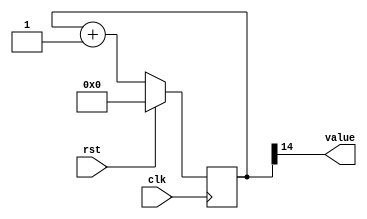
/*
   This file was generated automatically by Alchitry Labs version 1.2.7.
   Do not edit this file directly. Instead edit the original Lucid source.
   This is a temporary file and any changes made to it will be destroyed.
*/

/*
   Parameters:
     SIZE = 1
     DIV = 14
     TOP = 0
     UP = 1
*/
module counter_6 (
    input clk,
    input rst,
    output reg [0:0] value
  );
  
  localparam SIZE = 1'h1;
  localparam DIV = 4'he;
  localparam TOP = 1'h0;
  localparam UP = 1'h1;
  
  
  reg [14:0] M_ctr_d, M_ctr_q = 1'h0;
  
  localparam MAX_VALUE = 15'h3fff;
  
  always @* begin
    M_ctr_d = M_ctr_q;
    
    value = M_ctr_q[14+0-:1];
    if (1'h1) begin
      M_ctr_d = M_ctr_q + 1'h1;
      if (1'h0 && M_ctr_q == 15'h3fff) begin
        M_ctr_d = 1'h0;
      end
    end else begin
      M_ctr_d = M_ctr_q - 1'h1;
      if (1'h0 && M_ctr_q == 1'h0) begin
        M_ctr_d = 15'h3fff;
      end
    end
  end
  
  always @(posedge clk) begin
    if (rst == 1'b1) begin
      M_ctr_q <= 1'h0;
    end else begin
      M_ctr_q <= M_ctr_d;
    end
  end
  
endmodule